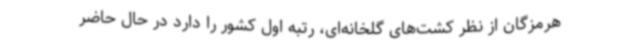
هرمزگان از نظر کشت‌های گلخانه‌ای، رتبه اول کشور را دارد در حال حاضر